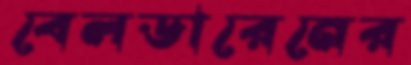
বেলডারেনের